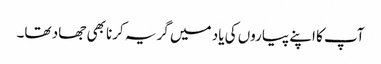
آپ کا اپنے پیاروں کی یاد میں گریہ کرنا بھی جھاد تھا۔